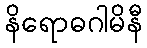
နိရောဓဂါမိနီ